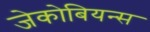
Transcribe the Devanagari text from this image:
जेकोबियन्स